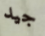
جيد